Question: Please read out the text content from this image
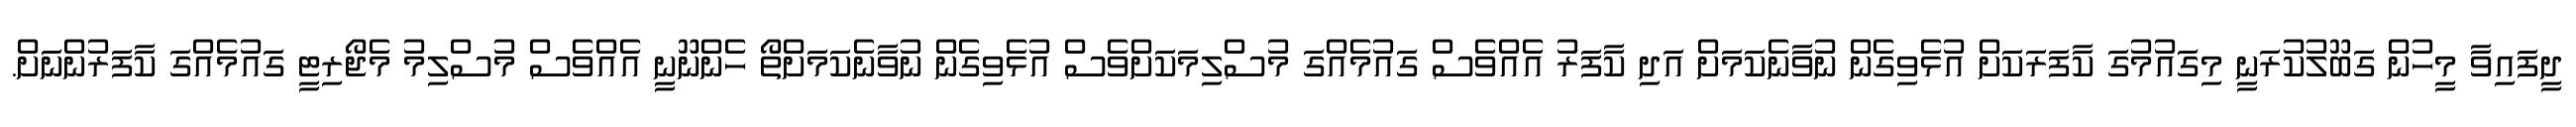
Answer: ދީފައިވާ މީހުން ގަބޫލުކުރަނީ މިގައުމުގަ ކާފަރަކަށް އުޅެވިގެން ނުވާނެކަމަށް އަދި ކާފަރު އެއްވެސް ގައުމެއްގަ މުސްލިމަކަށްވެސް އުޅެވިގެން ނުވާނެކަމަށްތޯ ހެންނޫނީ އެއްވެސް މުސްލިމު މެޖޯރިޓީ ގައުމެއްގަ ކާފަރުންނަށް.